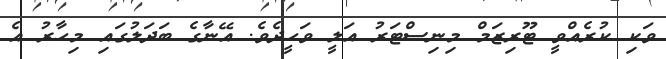
ވަކި ކުރެއްވީ ޓޫރިޒަމް މިނިސްޓަރު އަލީ ވަހީދެވެ. އޭނާގެ ބަދަލުގައި މިހާރު އެ